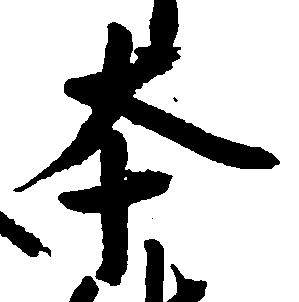
本